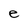
Character: e